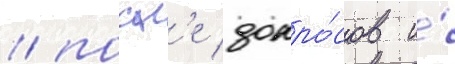
/ посл'е допро́сов и́